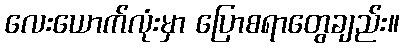
လေးယောက်လုံးမှာ ပြောစရာတွေချည်း။